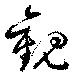
觀